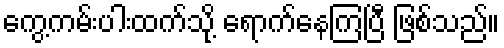
ကွေ့ကမ်းပါးထက်သို့ ရောက်နေကြပြီ ဖြစ်သည်။